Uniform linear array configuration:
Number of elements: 16
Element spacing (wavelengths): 1
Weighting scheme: hann
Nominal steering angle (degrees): -45
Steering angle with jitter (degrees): -43.745
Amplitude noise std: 0.05
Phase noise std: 0.05

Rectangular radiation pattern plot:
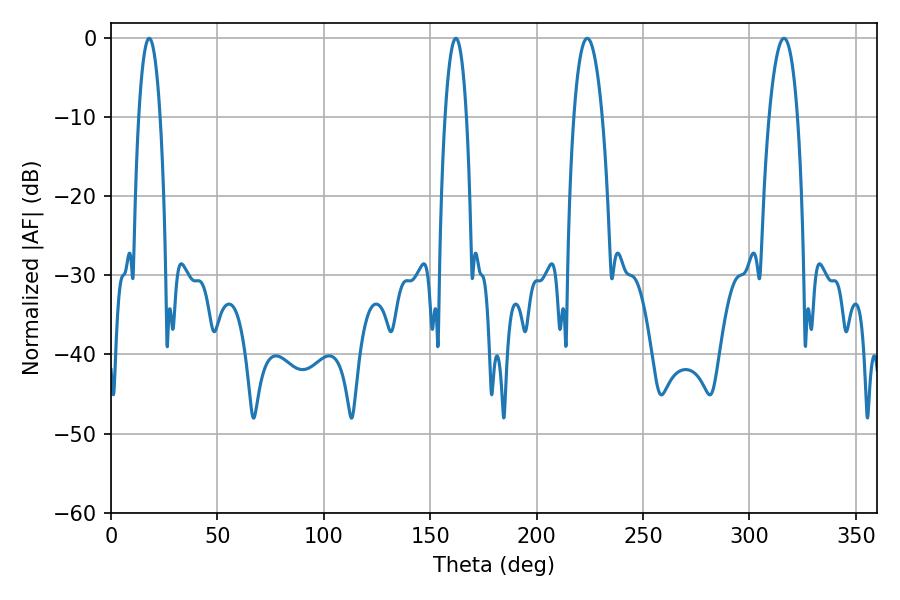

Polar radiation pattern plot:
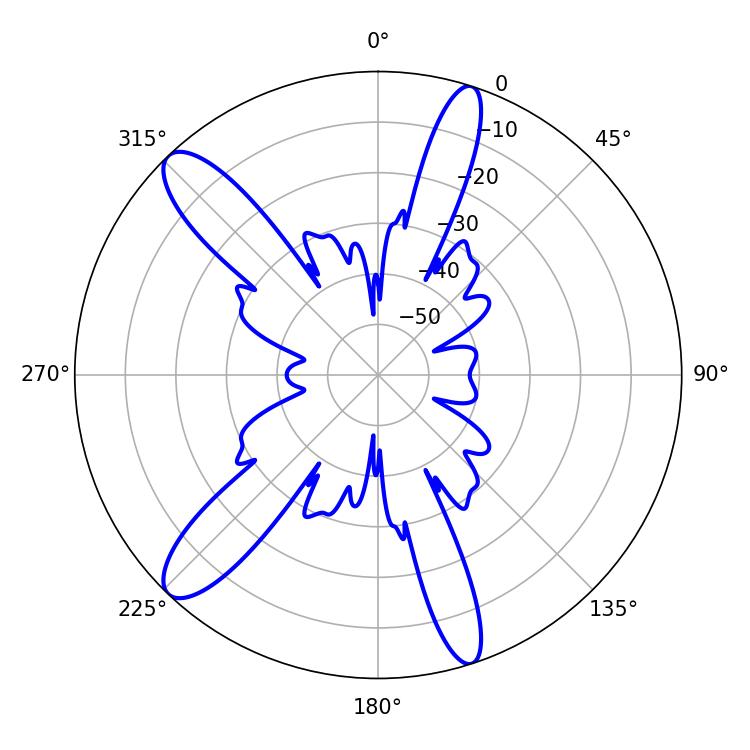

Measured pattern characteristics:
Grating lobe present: TRUE
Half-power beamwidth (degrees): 7.56
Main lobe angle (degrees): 223.74